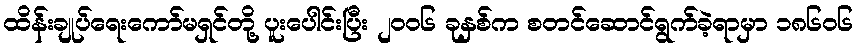
ထိန်းချုပ်ရေးကော်မရှင်တို့ ပူးပေါင်းပြီး ၂၀၀၆ ခုနှစ်က စတင်ဆောင်ရွက်ခဲ့ရာမှာ ၁၈၆၀၆